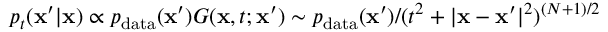
p _ { t } ( \mathbf { x } ^ { \prime } | \mathbf { x } ) \propto p _ { \mathrm { d a t a } } ( \mathbf { x } ^ { \prime } ) G ( \mathbf { x } , t ; \mathbf { x } ^ { \prime } ) \sim p _ { \mathrm { d a t a } } ( \mathbf { x } ^ { \prime } ) / ( t ^ { 2 } + | \mathbf { x } - \mathbf { x } ^ { \prime } | ^ { 2 } ) ^ { ( N + 1 ) / 2 }